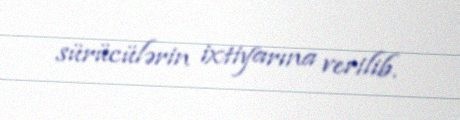
sürücülərin ixtiyarına verilib.